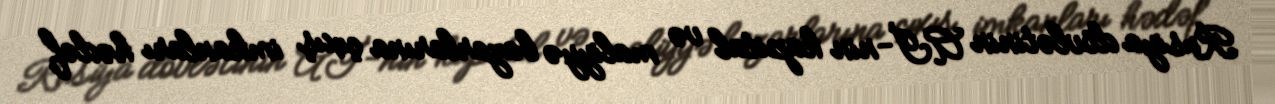
Rusiya dövlətinin Aİ-nin kapital və maliyyə bazarlarına çıxış imkanları hədəf